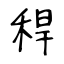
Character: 稈